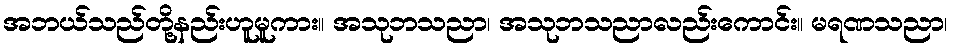
အဘယ်သည်တို့နည်းဟူမူကား။ အသုဘသညာ၊ အသုဘသညာလည်းကောင်း။ မရဏသညာ၊